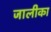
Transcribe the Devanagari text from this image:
जालीका